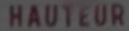
HAUTEUR